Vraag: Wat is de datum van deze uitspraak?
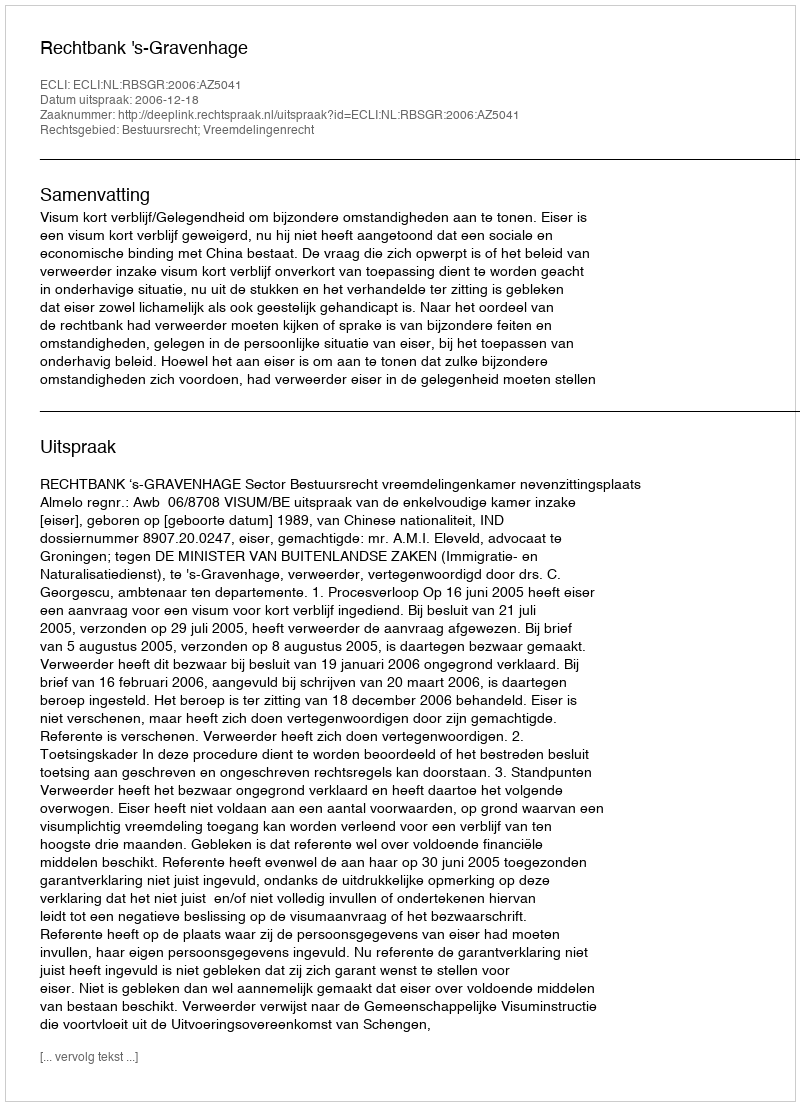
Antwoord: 2006-12-18